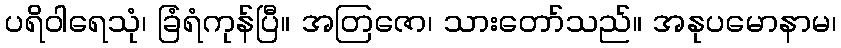
ပရိဝါရေသုံ၊ ခြံရံကုန်ပြီ။ အတြဇော၊ သားတော်သည်။ အနုပမောနာမ၊